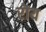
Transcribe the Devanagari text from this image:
रॊय